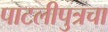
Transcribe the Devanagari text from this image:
पाटलीपुत्रचा